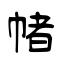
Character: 帾